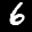
Label: 6